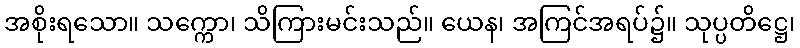
အစိုးရသော။ သက္ကော၊ သိကြားမင်းသည်။ ယေန၊ အကြင်အရပ်၌။ သုပ္ပတိဋ္ဌေ၊